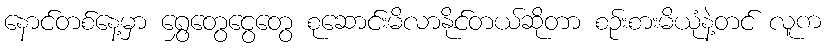
နောင်တစ်နေ့မှာ ရွှေတွေငွေတွေ စုဆောင်းမိလာနိုင်တယ်ဆိုတာ စဉ်းစားမိယုံနဲ့တင် လူက